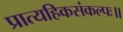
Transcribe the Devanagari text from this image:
प्रात्यहिकसंकल्पः॥